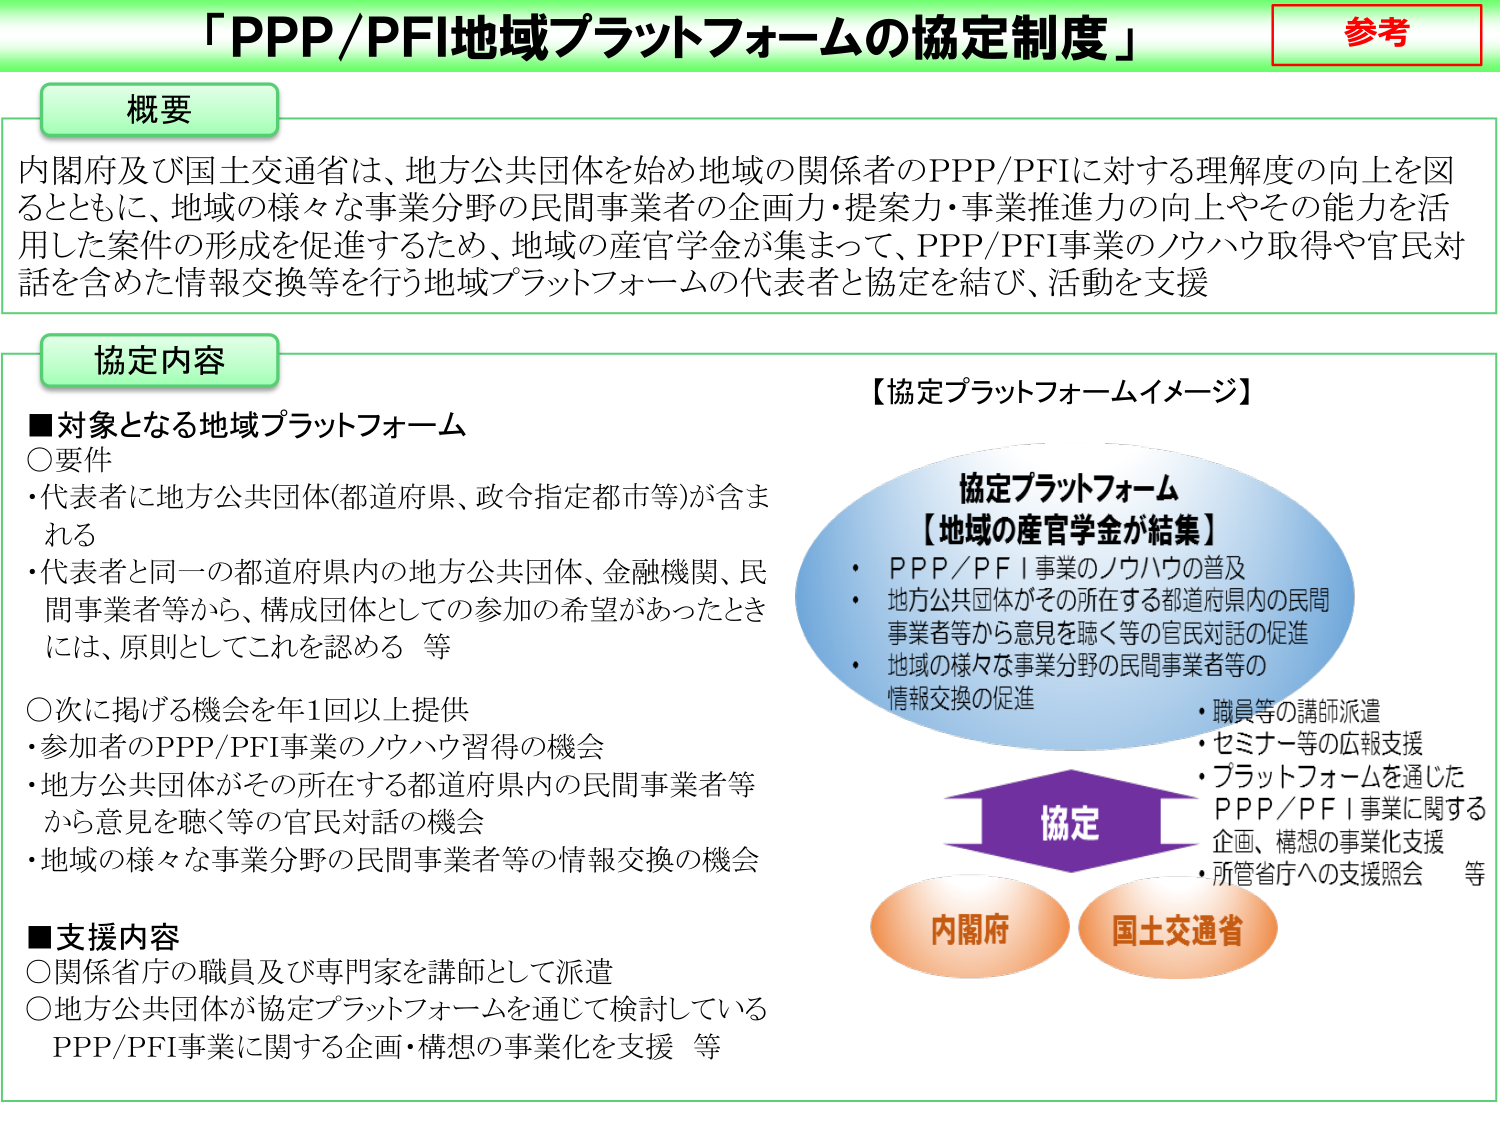
「PPP/PFI地域プラットフォームの協定制度」

参考

概要
内閣府及び国土交通省は、地方公共団体を始め地域の関係者のPPP/PFIに対する理解度の向上を図るとともに、地域の様々な事業分野の民間事業者の企画力・提案力・事業推進力の向上やその能力を活用した案件の形成を促進するため、地域の産官学金が集まって、PPP/PFI事業のノウハウ取得や官民対話を含めた情報交換等を行う地域プラットフォームの代表者と協定を結び、活動を支援

協定内容
■対象となる地域プラットフォーム
○要件
・代表者に地方公共団体(都道府県、政令指定都市等)が含まれる
・代表者と同一の都道府県内の地方公共団体、金融機関、民間事業者等から、構成団体としての参加の希望があったときには、原則としてこれを認める 等

○次に掲げる機会を年1回以上提供
・参加者のPPP/PFI事業のノウハウ習得の機会
・地方公共団体がその所在する都道府県内の民間事業者等から意見を聴く等の官民対話の機会
・地域の様々な事業分野の民間事業者等の情報交換の機会

■支援内容
○関係省庁の職員及び専門家を講師として派遣
○地方公共団体が協定プラットフォームを通じて検討しているPPP/PFI事業に関する企画・構想の事業化を支援 等

【協定プラットフォームイメージ】
協定プラットフォーム
【地域の産官学金が結集】
・PPP／PFI事業のノウハウの普及
・地方公共団体がその所在する都道府県内の民間事業者等から意見を聴く等の官民対話の促進
・地域の様々な事業分野の民間事業者等の情報交換の促進

協定
内閣府
国土交通省

・職員等の講師派遣
・セミナー等の広報支援
・プラットフォームを通じたPPP／PFI事業に関する企画、構想の事業化支援
・所管省庁への支援照会 等